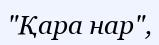
"Қара нар",